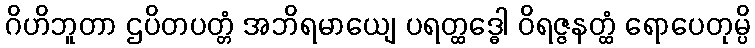
ဂိဟိဘူတာ ဌပိတပတ္တံ အဘိရမာယျေ ပရတ္ထဒ္ဓေါ ဝိရဇ္ဇနတ္ထံ ရောပေတုမ္ပိ